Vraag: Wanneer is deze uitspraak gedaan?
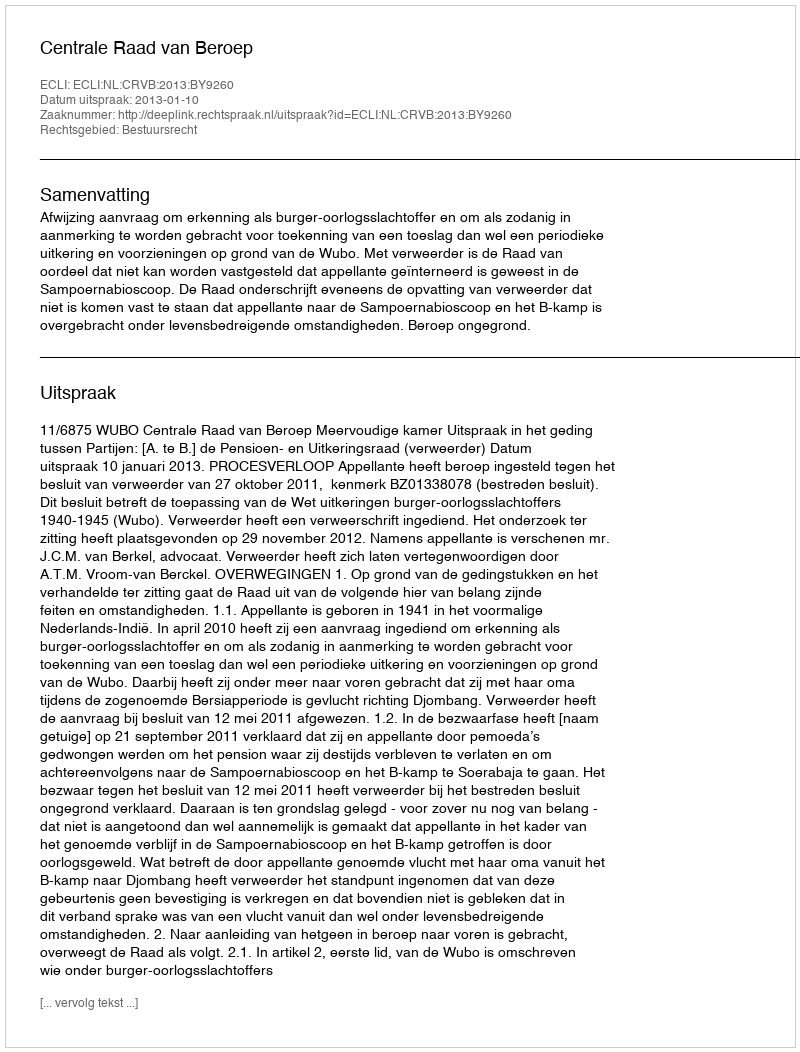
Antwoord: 2013-01-10